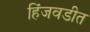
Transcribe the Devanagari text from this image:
हिंजवडीत